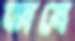
ভাষে